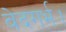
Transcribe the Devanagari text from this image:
वेदगर्भ।